Triennial report on the lunatic asylums in the province of Eastern Bengal and Assam - 1903-1911
Year: 1903
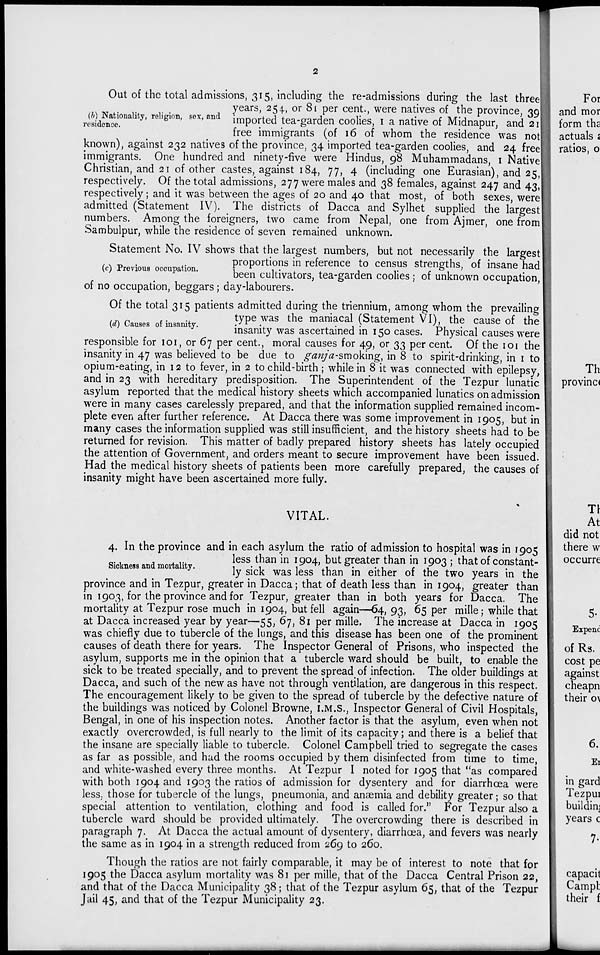
2
(b) Nationality, religion, sex, and
residence.
Out of the total admissions, 315, including the re-admissions during the last three
years, 254., or 81 per cent., were natives of the province, 39
imported tea-garden coolies, 1 a native of Midnapur, and 21
free immigrants (of 16 of whom the residence was not
known), against 232 natives of the province, 34 imported tea-garden coolies, and 24 free
immigrants. One hundred and ninety-five were Hindus, 98 Muhammadans, 1 Native
Christian, and 21 of other castes, against 184, 77, 4 (including one Eurasian), and 25,
respectively. Of the total admissions, 277 were males and 38 females, against 247 and 43,
respectively; and it was between the ages of 20 and 40 that most, of both sexes, were
admitted (Statement IV). The districts of Dacca and Sylhet supplied the largest
numbers. Among the foreigners, two came from Nepal, one from Ajmer, one from
Sambulpur, while the residence of seven remained unknown.
(c) Previous occupation.
Statement No. IV shows that the largest numbers, but not necessarily the largest
proportions in reference to census strengths, of insane had
been cultivators, tea-garden coolies ; of unknown occupation,
of no occupation, beggars ; day-labourers.
(d) Causes of insanity.
Of the total 315 patients admitted during the triennium, among whom the prevailing
type was the maniacal (Statement VI), the cause of the
insanity was ascertained in 150 cases. Physical causes were
responsible for 101, or 67 per cent., moral causes for 49, or 33 per cent. Of the 101 the
insanity in 47 was believed to be due to ganja-smoking, in 8 to spirit-drinking, in 1 to
opium-eating, in 12 to fever, in 2 to child-birth ; while in 8 it was connected with epilepsy,
and in 23 with hereditary predisposition. The Superintendent of the Tezpur lunatic
asylum reported that the medical history sheets which accompanied lunatics on admission
were in many cases carelessly prepared, and that the information supplied remained incom-
plete even after further reference. At Dacca there was some improvement in 1905, but in
many cases the information supplied was still insufficient, and the history sheets had to be
returned for revision. This matter of badly prepared history sheets has lately occupied
the attention of Government, and orders meant to secure improvement have been issued.
Had the medical history sheets of patients been more carefully prepared, the causes of
insanity might have been ascertained more fully.
VITAL.
Sickness and mortality.
4. In the province and in each asylum the ratio of admission to hospital was in 1905
less than in 1904, but greater than in 1903 ; that of constant-
ly sick was less than in either of the two years in the
province and in Tezpur, greater in Dacca; that of death less than in 1904, greater than
in 1903, for the province and for Tezpur, greater than in both years for Dacca. The
mortality at Tezpur rose much in 1904, but fell again—64, 93, 65 per mille; while that
at Dacca increased year by year—55, 67, 81 per mille. The increase at Dacca in 1905
was chiefly due to tubercle of the lungs, and this disease has been one of the prominent
causes of death there for years. The Inspector General of Prisons, who inspected the
asylum, supports me in the opinion that a tubercle ward should be built, to enable the
sick to be treated specially, and to prevent the spread of infection. The older buildings at
Dacca, and such of the new as have not through ventilation, are dangerous in this respect.
The encouragement likely to be given to the spread of tubercle by the defective nature of
the buildings was noticed by Colonel Browne, I.M.S., Inspector General of Civil Hospitals,
Bengal, in one of his inspection notes. Another factor is that the asylum, even when not
exactly overcrowded, is full nearly to the limit of its capacity; and there is a belief that
the insane are specially liable to tubercle. Colonel Campbell tried to segregate the cases
as far as possible, and had the rooms occupied by them disinfected from time to time,
and white-washed every three months. At Tezpur I noted for 1905 that "as compared
with both 1904 and 1903 the ratios of admission for dysentery and for diarrhœa were
less, those for tubercle of the lungs, pneumonia, and anæmia and debility greater ; so that
special attention to ventilation, clothing and food is called for." For Tezpur also a
tubercle ward should be provided ultimately. The overcrowding there is described in
paragraph 7. At Dacca the actual amount of dysentery, diarrhœa, and fevers was nearly
the same as in 1904 in a strength reduced from 269 to 260.
Though the ratios are not fairly comparable, it may be of interest to note that for
1905 the Dacca asylum mortality was 81 per mille, that of the Dacca Central Prison 22,
and that of the Dacca Municipality 38 ; that of the Tezpur asylum 65, that of the Tezpur
Jail 45, and that of the Tezpur Municipality 23.